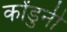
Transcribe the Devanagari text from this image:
कोंडुनी